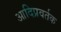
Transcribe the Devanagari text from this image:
आदिप्रवर्तक